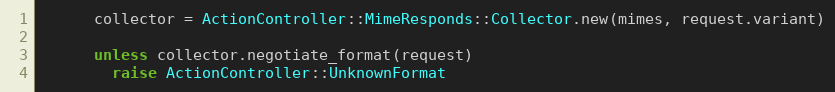
Language: Ruby
      collector = ActionController::MimeResponds::Collector.new(mimes, request.variant)

      unless collector.negotiate_format(request)
        raise ActionController::UnknownFormat